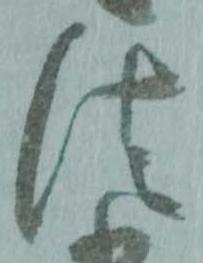
法